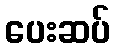
ပေးဆပ်